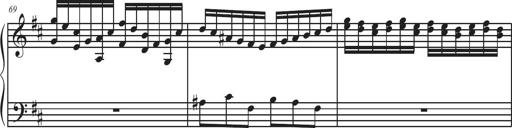
Title: Sonatina Espania
Composer: Jerald Franklin Archer
Key: Various